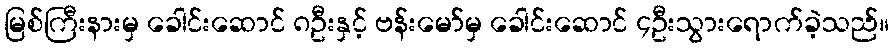
မြစ်ကြီးနားမှ ခေါင်းဆောင် ၈ဦးနှင့် ဗန်းမော်မှ ခေါင်းဆောင် ၄ဦးသွားရောက်ခဲ့သည်။